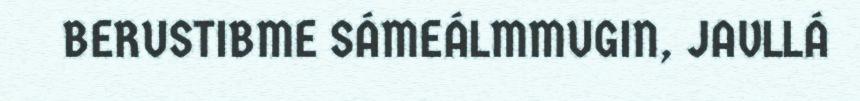
BERUSTIBME SÁMEÁLMMUGIN, JAVLLÁ